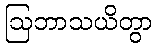
ဩဘာသယိတွာ